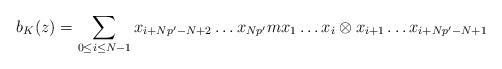
LaTeX: \begin{align*} b_K(z) = \sum_{0\leq i\leq N-1} x_{i+Np'-N+2}\ldots x_{Np'}mx_1\ldots x_i\otimes x_{i+1} \ldots x_{i+Np'-N+1}\end{align*}